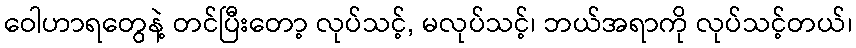
ဝေါဟာရတွေနဲ့ တင်ပြီးတော့ လုပ်သင့်, မလုပ်သင့်၊ ဘယ်အရာကို လုပ်သင့်တယ်၊